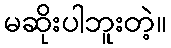
မဆိုးပါဘူးတဲ့။